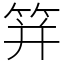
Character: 䈂